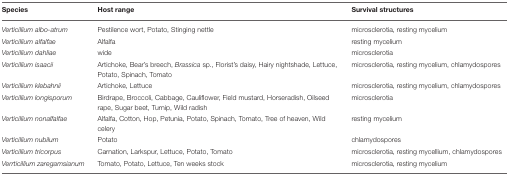
<table><thead><tr><td><b>Species</b></td><td><b>Host range</b></td><td><b>Survival structures</b></td></tr></thead><tbody><tr><td><i>Verticillium albo-atrum</i></td><td>Pestilence wort, Potato, Stinging nettle</td><td>microsclerotia, resting mycelium</td></tr><tr><td><i>Verticillium alfalfae</i></td><td>Alfalfa</td><td>resting mycelium</td></tr><tr><td><i>Verticillium dahliae</i></td><td>wide</td><td>microsclerotia</td></tr><tr><td><i>Verticillium isaacii</i></td><td>Artichoke, Bear&#x27;s breech, <i>Brassica</i> sp., Florist&#x27;s daisy, Hairy nightshade, Lettuce, Potato, Spinach, Tomato</td><td>microsclerotia, resting mycelium, chlamydospores</td></tr><tr><td><i>Verticillium klebahnii</i></td><td>Artichoke, Lettuce</td><td>microsclerotia, resting mycelium, chlamydospores</td></tr><tr><td><i>Verticillium longisporum</i></td><td>Birdrape, Broccoli, Cabbage, Cauliflower, Field mustard, Horseradish, Oilseed rape, Sugar beet, Turnip, Wild radish</td><td>microsclerotia</td></tr><tr><td><i>Verticillium nonalfalfae</i></td><td>Alfalfa, Cotton, Hop, Petunia, Potato, Spinach, Tomato, Tree of heaven, Wild celery</td><td>resting mycelium</td></tr><tr><td><i>Verticillium nubilum</i></td><td>Potato</td><td>chlamydospores</td></tr><tr><td><i>Verticillium tricorpus</i></td><td>Carnation, Larkspur, Lettuce, Potato, Tomato</td><td>microsclerotia, resting mycellium, chlamydospores</td></tr><tr><td><i>Verrticillium zaregamsianum</i></td><td>Tomato, Potato, Lettuce, Ten weeks stock</td><td>microsclerotia, resting mycelium</td></tr></tbody></table>